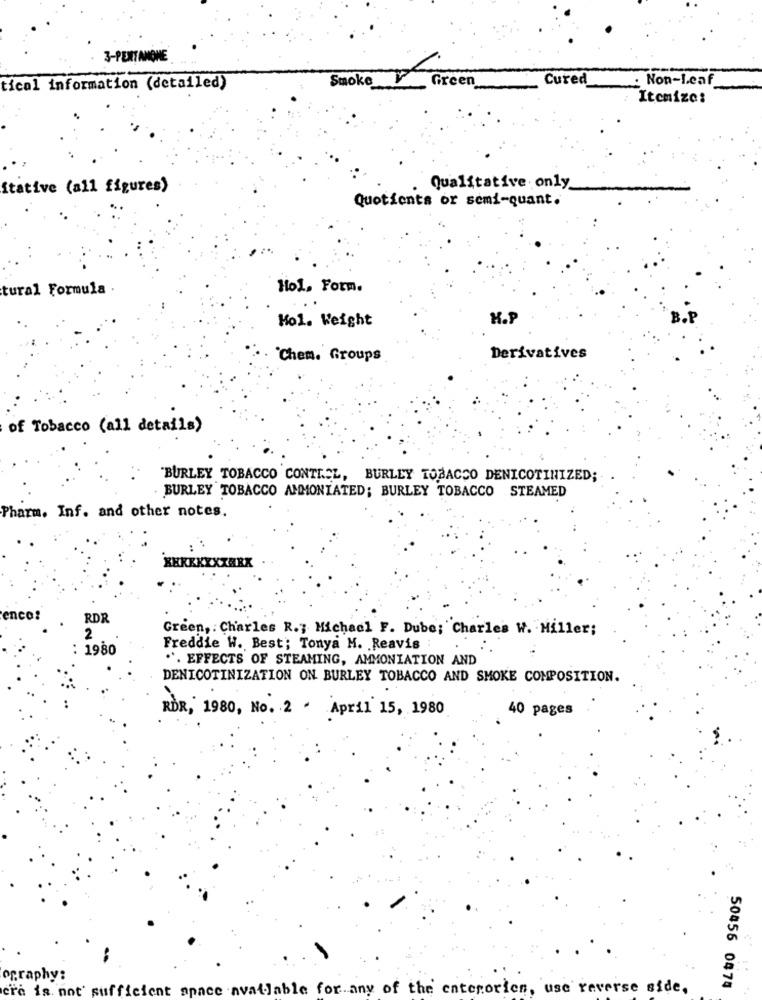
3-PERTANGHE
Smoke
Green
Cured
: Non-Leaf
tical information (detailed)
Itemize:
itative (all figures)
Qualitative only
Quotients or semi-quant.
tural Formula .
Hol, Form.
Mol. Weight
H.P
Chem. Groups
Derivatives
of Tobacco (all details)
BURLEY TOBACCO CONTROL, BURLEY TOBACCO DENICOTINIZED;
BURLEY TOBACCO AMMONIATED; BURLEY TOBACCO STEAMED
Pharm. Inf. and other notes.
KYXTARK
enco:
RDR
2
Green, : Charles R .; Michael F. Dube; Charles W. Miller;
: 1980
Freddie W. Best; Tonya M. Reavis
". EFFECTS OF STEAMING, AMMONIATION AND
DENICOTINIZATION ON BURLEY TOBACCO AND SMOKE COMPOSITION.
RDR, 1980, No. 2 . April 15, 1980
40 pages
ography:
era is not sufficient space available for any of the enterorien, use reverse side,
50456 0474